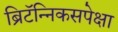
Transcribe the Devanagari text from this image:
ब्रिटॅन्निकसपेक्षा